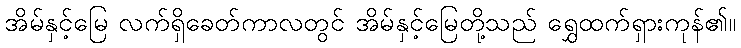
အိမ်နှင့်မြေ လက်ရှိခေတ်ကာလတွင် အိမ်နှင့်မြေတို့သည် ရွှေထက်ရှားကုန်၏။